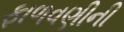
ફાળવણીની